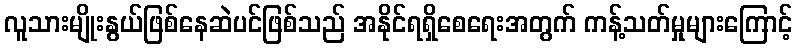
လူသားမျိုးနွယ်ဖြစ်နေဆဲပင်ဖြစ်သည် အနိုင်ရရှိစေရေးအတွက် ကန့်သတ်မှုများကြောင့်